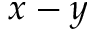
x - y